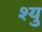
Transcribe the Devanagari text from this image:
श्यु